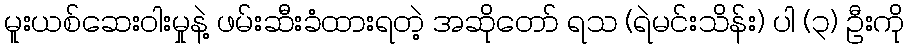
မူးယစ်ဆေးဝါးမှုနဲ့ ဖမ်းဆီးခံထားရတဲ့ အဆိုတော် ရသ (ရဲမင်းသိန်း) ပါ (၃) ဦးကို